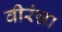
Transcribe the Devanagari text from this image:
वीरंन्ना